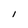
Character: I